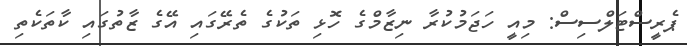
ޕެރީސްޓަލްސިސް: މިއީ ހަޖަމުކުރާ ނިޒާމްގެ ހޮޅި ތަކުގެ ތެރޭގައި އޭގެ ޒާތުގައި ކާތަކެތި